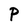
Character: P